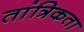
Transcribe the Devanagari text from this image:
तांत्रिकता